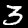
Label: 3